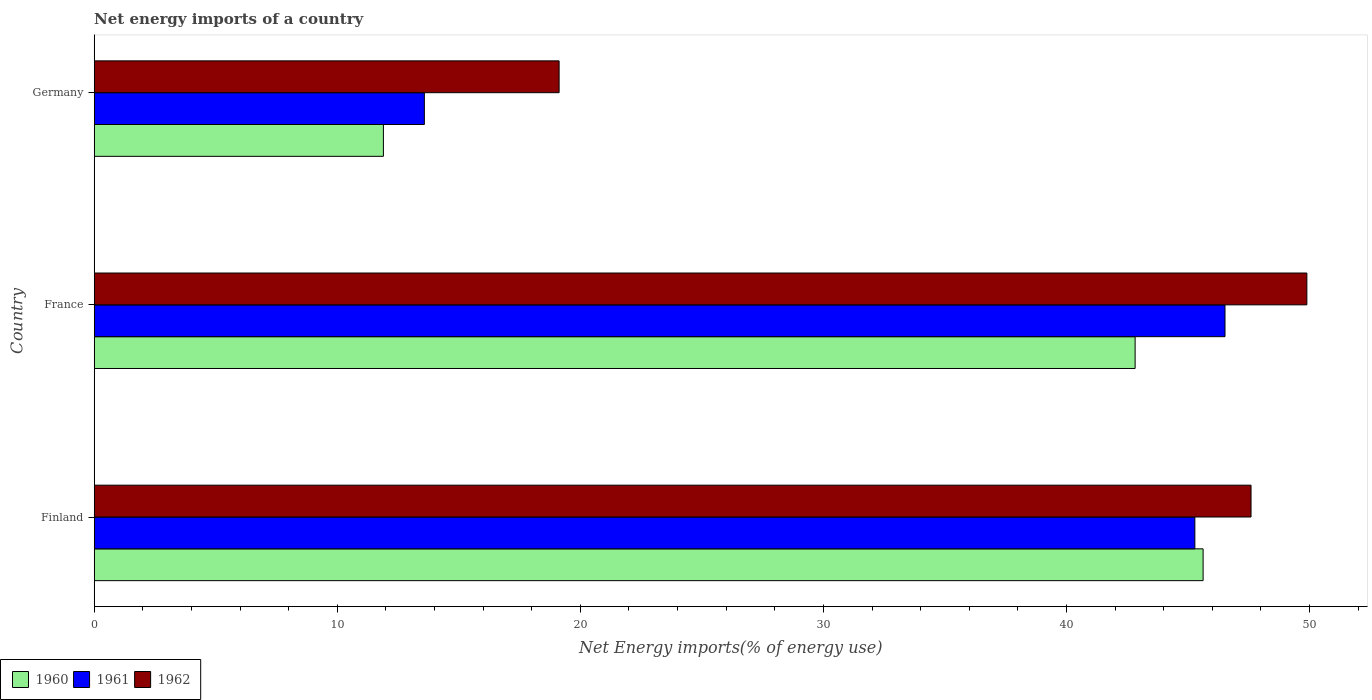
| Country | 1960 | 1961 | 1962 |
 | --- | --- | --- | --- |
 | Finland | 45.6 | 45.3 | 47.6 |
 | France | 42.8 | 46.5 | 49.9 |
 | Germany | 11.9 | 13.6 | 19.1 |